Vaccination in Bombay 1889-1901 - 1889-1901
Year: 1889
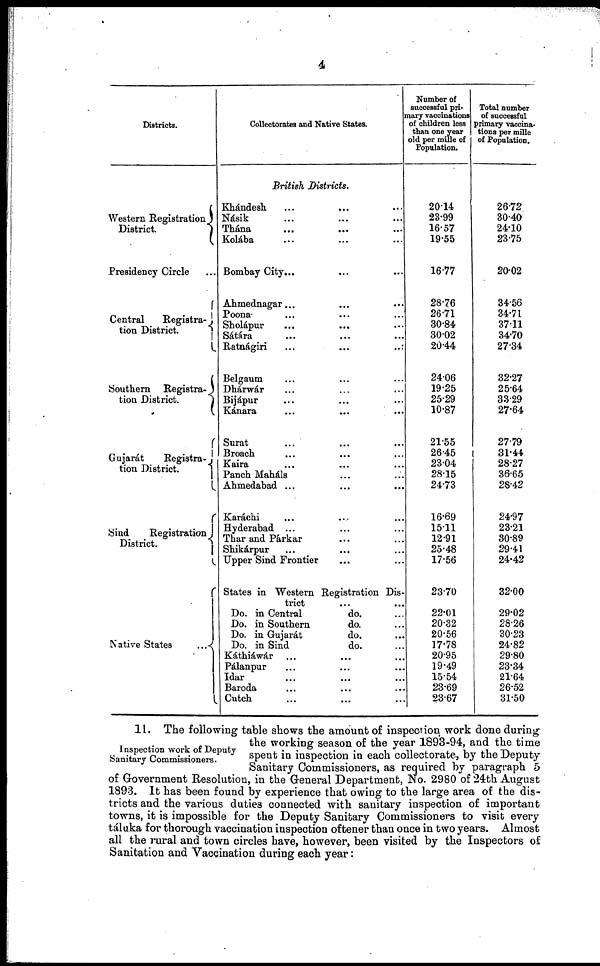
4
Districts.
Western Registration
District.
Presidency Circle ...
Central
Registra¬
tion District.
Southern Registra¬
tion District.
Gujarát
Registra¬
tion District.
Sind
Registration
District.
Native States
...
Collectorates and Native States.
British Districts.
Khándesh ... ... ...
Násik ... ... ...
Thána ... ... ...
Kolába ... ... ...
Bombay City... ... ...
Ahmednagar ... ... ...
Poona ... ... ...
Sholápur ... ... ...
Sátára
...
...
...
Ratnágiri
...
...
...
Belgaum ... ... ...
Dhárwár ... ... ...
Bijápur ... ... ...
Kánara ... ... ...
Surat ... ... ...
Broach ... ... ...
Kaira ... ... ...
Panch Maháls ... ...
Ahmedabad ... ... ...
Karáchi ... ... ...
Hyderabad ... ... ...
Thar and Párkar ... ...
Shikárpur ... ...
Upper Sind Frontier ... ...
States in Western Registration Dis-
trict
Do. in Central
Do. in Southern
Do. in Gujarát
Do. in Sind
do. ...
do. ...
do. ...
do. ...
Káthiáwár ... ... ...
Pálanpur ... ... ...
Idar ... ... ...
Baroda ... ... ...
Cutch ... ... ...
Number of
successful pri-
mary vaccinations
of children less
than one year
old per mille of
Population.
20.14
23.99
16.57
19.55
16.77
28.76
26.71
30.84
30.02
20.44
24.06
19.25
25.29
10.87
21.55
26.45
23.04
28.15
24.73
16.69
15.11
12.91
25.48
17.56
23.70
22.01
20.32
20.56
17.78
20.95
19.49
15.54
23.69
23.67
Total number
of successful
primary vaccina-
tions per mille
of Population.
26.72
30.40
24.10
23.75
20.02
34.56
34.71
37.11
34.70
27.34
32.27
25.64
33.29
27.64
27.79
31.44
28.27
36.65
28.42
24.97
23.21
30.89
29.41
24.42
32.00
29.02
28.26
30.23
24.82
29.80
23.34
21.64
26.52
31.50
Inspection work of Deputy
Sanitary Commissioners.
11. The following table shows the amount of inspection work done during
the working season of the year 1893-94, and the time
spent in inspection in each collectorate, by the Deputy
Sanitary Commissioners, as required by paragraph 5
of Government Resolution, in the General Department, No. 2980 of 24th August
1893. It has been found by experience that owing to the large area of the dis-
tricts and the various duties connected with sanitary inspection of important
towns, it is impossible for the Deputy Sanitary Commissioners to visit every
táluka for thorough vaccination inspection oftener than once in two years. Almost
all the rural and town circles have, however, been visited by the Inspectors of
Sanitation and Vaccination during each year: